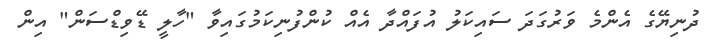
ދުނިޔޭގެ އެންމެ ވަރުގަދަ ސައިކަލު އުފައްދާ އެއް ކުންފުނިކަމުގައިވާ "ހާލީ ޑޭވިޑްސަން" އިން